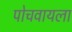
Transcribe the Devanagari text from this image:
पोचवायला